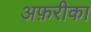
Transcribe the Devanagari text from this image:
अफ़रीका